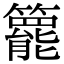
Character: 𥶓